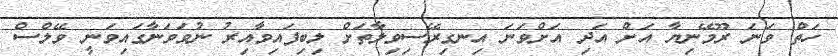
ހަތް ވަނަ ރޫމޭނިޔާ އަށް އަދި އަށްވަނަ އިނގިރޭސިވިލާތަށް ލިބިފައިވާއިރު ނުވަވަނާގައިވަނީ ވޭލްސް